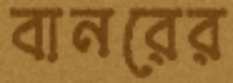
বানরের